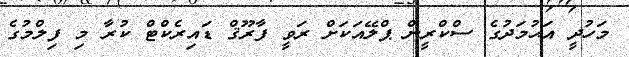
މަހުދީ އަޙުމަދުގެ ސްކްރީން ޕްލޭއަކަށް ރަވީ ފާރޫޤް ޑައިރެކްޓް ކުރާ މި ފިލްމުގެ